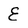
Character: E